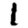
Digit: 1